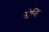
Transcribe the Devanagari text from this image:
गोन्ति